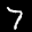
Label: 7